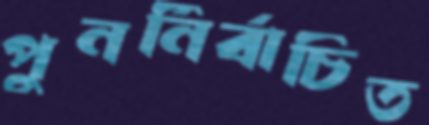
পুনর্নির্বাচিত